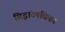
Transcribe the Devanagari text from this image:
सिद्धांतपंचिका